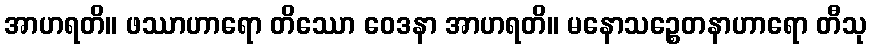
အာဟရတိ။ ဖဿာဟာရော တိဿော ဝေဒနာ အာဟရတိ။ မနောသဉ္စေတနာဟာရော တီသု